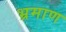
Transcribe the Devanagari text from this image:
भ्रमाण